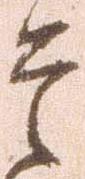
是